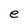
Character: e